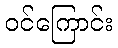
ဝင်ကြောင်း